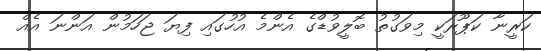
ކަރީނާ ކަޕޫރަކީ މިވަގުތު ބޮލީވުޑްގެ އެންމެ އުހުގައި ފިޔަ ޖަހަމުން އަންނަ އެއް